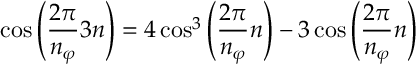
\cos \left( \frac { 2 \pi } { n _ { \varphi } } 3 n \right) = 4 \cos ^ { 3 } \left( \frac { 2 \pi } { n _ { \varphi } } n \right) - 3 \cos \left( \frac { 2 \pi } { n _ { \varphi } } n \right)